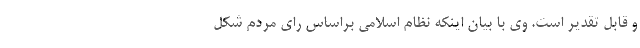
و قابل تقدیر است. وی با بیان اینکه نظام اسلامی براساس رای مردم شکل